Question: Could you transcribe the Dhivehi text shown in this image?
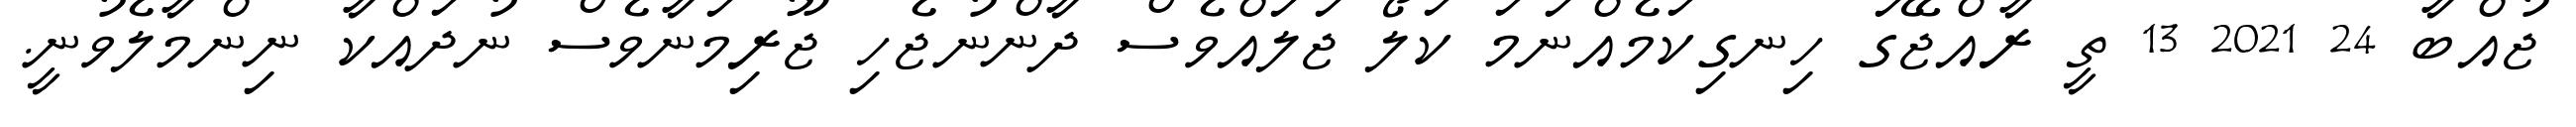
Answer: ޖުއްބާ 24 2021 13 ތީ ރާއްޖޭގަ ހިނގިކަމެއްނަމަ ކަލޯ ޖަލައްވެސް ދާންނުޖެހި ޖޫރިމަނާވެސް ނުދައްކާ ނިންމާލެވުނީ.